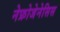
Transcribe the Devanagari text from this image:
नेफ्रोजेनेसिस